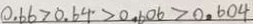
0 . 6 6 > 0 . 6 4 > 0 . 6 0 6 > 0 . 6 0 4